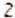
2